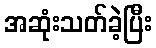
အဆုံးသတ်ခဲ့ပြီး